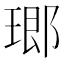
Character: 𤧨